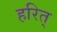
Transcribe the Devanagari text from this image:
हरित्‌